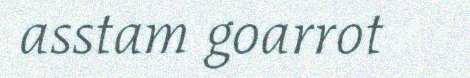
asstam goarrot